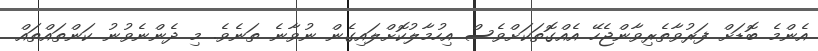
އެންމެ ބޮޑަށް ފަރުވާތެރިވާންޖެހޭ އެއްގޮތަކަށްވެސް އިހުމާލުކޮށްލައިގެން ނުވާނެ ތަނެވެ. މި ދެންނެވުނު ކަންތައްތައް